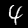
Digit: 4